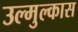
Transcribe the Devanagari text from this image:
उल्मुल्कास